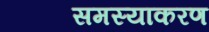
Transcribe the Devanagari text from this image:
समस्याकरण